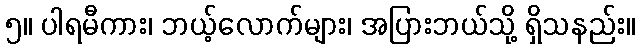
၅။ ပါရမီကား၊ ဘယ့်လောက်များ၊ အပြားဘယ်သို့ ရှိသနည်း။